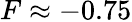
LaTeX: F\approx-0.75